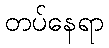
တပ်နေရာ